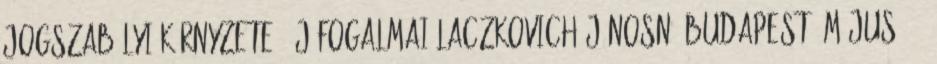
JOGSZABÁLYI KÖRNYZETE, ÚJ FOGALMAI Laczkovich Jánosné Budapest, május 17.